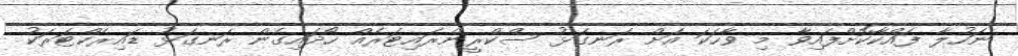
ނަހުލާ ފައްކާކޮށްފައިވާ މި ވާހަކަ އަށް ރަނގަޅު ސްކްރީންރައިޓަރެއް ހޯދައިގެން ރަނގަޅު ޑައިރެކްޓަރަކު